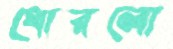
ধোরলো